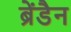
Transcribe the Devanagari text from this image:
ब्रेंडैन